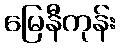
မြေနီကုန်း